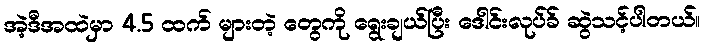
အဲ့ဒီအထဲမှာ 4.5 ထက် များတဲ့ တွေကို ရွေးချယ်ပြီး ဒေါင်းလုပ်ခ် ဆွဲသင့်ပါတယ်။